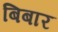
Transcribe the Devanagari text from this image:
बिबार